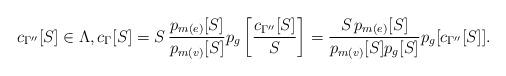
LaTeX: \begin{align*}c_{\Gamma''}[S]\in \Lambda,c_\Gamma[S] = S\, \frac{p_{m(e)}[S]}{p_{m(v)}[S]} p_g\left[\frac{c_{\Gamma''}[S]}{S}\right]=\frac{S\, p_{m(e)}[S]}{p_{m(v)}[S] p_g[S]} p_g[c_{\Gamma''}[S]].\end{align*}